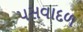
પસવાદળ